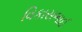
વિકાસભાઈ